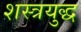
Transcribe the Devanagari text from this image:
शस्त्रयुद्ध